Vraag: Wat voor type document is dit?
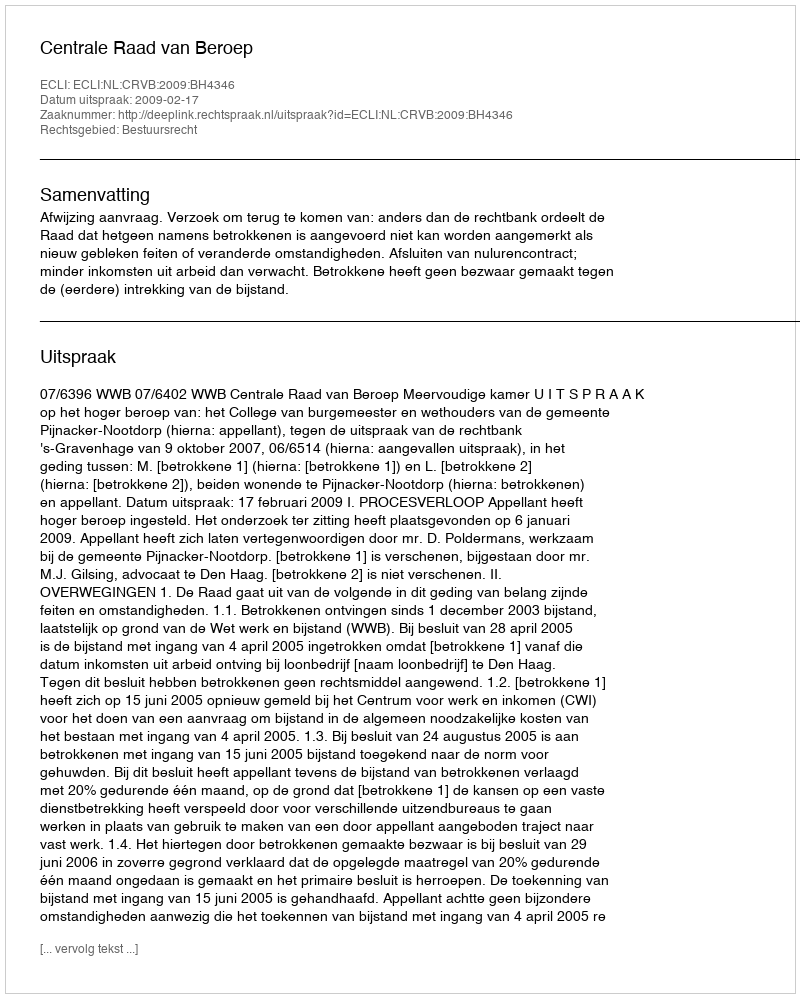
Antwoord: Uitspraak